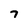
Character: 7